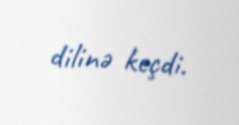
dilinə keçdi.